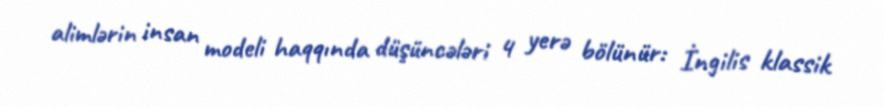
alimlərin insan modeli haqqında düşüncələri 4 yerə bölünür: İngilis klassik